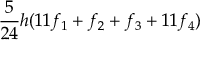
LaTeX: { \frac { 5 } { 2 4 } } h ( 1 1 f _ { 1 } + f _ { 2 } + f _ { 3 } + 1 1 f _ { 4 } )